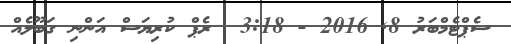
ސެޕްޓެމްބަރު 8